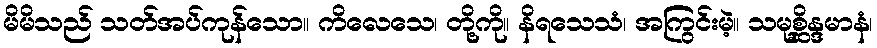
မိမိသည် သတ်အပ်ကုန်သော။ ကိလေသေ၊ တို့ကို။ နိရသေသံ၊ အကြွင်းမဲ့။ သမုစ္ဆိန္ဒမာနံ၊